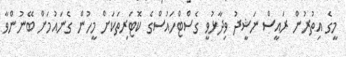
މީގެ އިތުރުން ރައީސް ނަޝީދު ވިދާޅުވީ ގެސްޓްހައުސްގެ ކޮޓަރިތަކަށް މީހުން ގެނައުމަށް ބޭނުންވާ